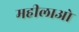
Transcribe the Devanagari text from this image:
महीलाओ